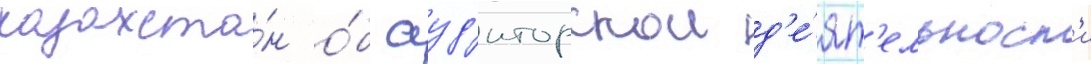
казахста́н о́б ауд'иторскои д'е́ят'ельност'и